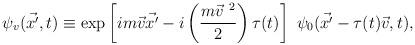
LaTeX: \begin{align*}\psi_v ( \vec {x'}, t) \equiv \exp \left[ i m \vec v \vec {x'} - i \left( \frac{m {\vec v}^{\ 2}}{2} \right) \tau (t) \right] \ \psi_0 ( \vec {x'} - \tau (t) \vec v, t),\end{align*}